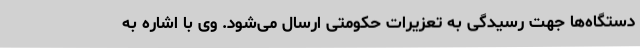
دستگاه‌ها جهت رسیدگی به تعزیرات حکومتی ارسال می‌شود. وی با اشاره به